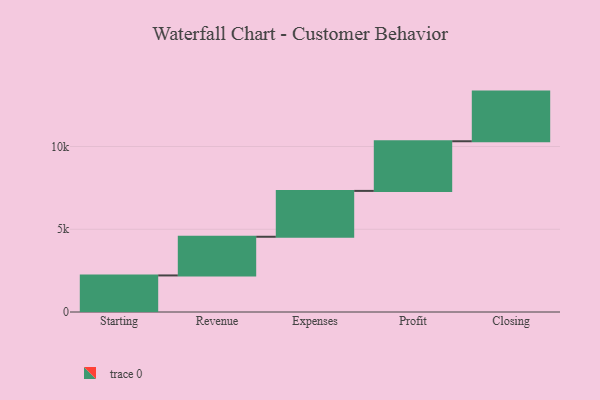
{"axis": {"x": "Step", "y": "Value"}, "legend": [""], "data": [{"x": "Starting", "y": 2209.0, "type": ""}, {"x": "Revenue", "y": 2337.0, "type": ""}, {"x": "Expenses", "y": 2771.0, "type": ""}, {"x": "Profit", "y": 3000, "type": ""}, {"x": "Closing", "y": 3000, "type": ""}]}